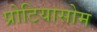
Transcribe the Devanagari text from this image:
प्रोटियासोम